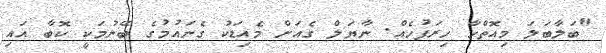
"ބަލާބަލަ މިއޮތްހާ ހިރަފުހެއް. ނާޔަލް ގެއަށް މެއިޑަކު ގެނައުމުގެ ބޭނުމަކީ ކޮބާ އައި